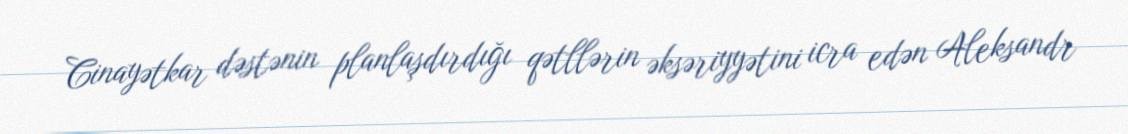
Cinayətkar dəstənin planlaşdırdığı qətllərin əksəriyyətini icra edən Aleksandr